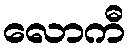
လောကီ